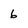
Character: 6